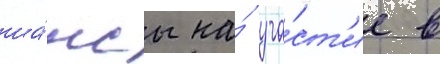
ша́нсы на́ уча́ст'ие в